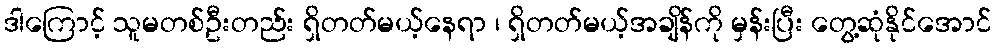
ဒါကြောင့် သူမတစ်ဦးတည်း ရှိတတ်မယ့်နေရာ ၊ ရှိတတ်မယ့်အချိန်ကို မှန်းပြီး တွေ့ဆုံနိုင်အောင်